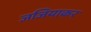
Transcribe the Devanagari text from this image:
जजियाकर